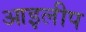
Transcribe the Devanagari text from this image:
आइलीप